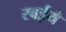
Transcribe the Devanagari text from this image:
रवईये